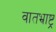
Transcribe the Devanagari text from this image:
वातभ्राष्ट्र